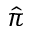
\hat { \pi }